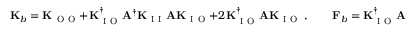
\mathbf { K } _ { b } = \mathbf { K } _ { \mathrm { ~ O ~ O ~ } } + \mathbf { K } _ { \mathrm { ~ I ~ O ~ } } ^ { \dagger } \mathbf { A } ^ { \dagger } \mathbf { K } _ { \mathrm { ~ I ~ I ~ } } \mathbf { A } \mathbf { K } _ { \mathrm { ~ I ~ O ~ } } + 2 \mathbf { K } _ { \mathrm { ~ I ~ O ~ } } ^ { \dagger } \mathbf { A } \mathbf { K } _ { \mathrm { ~ I ~ O ~ } } \, , \qquad \mathbf { F } _ { b } = \mathbf { K } _ { \mathrm { ~ I ~ O ~ } } ^ { \dagger } \mathbf { A } ^ { \dagger } \mathbf { K } _ { \mathrm { ~ I ~ I ~ } } \mathbf { A } \hat { \mathbf { F } } _ { \mathrm { ~ I ~ } } + \mathbf { K } _ { \mathrm { ~ I ~ O ~ } } ^ { \dagger } \mathbf { A } \hat { \mathbf { F } } _ { \mathrm { ~ I ~ } } \, .